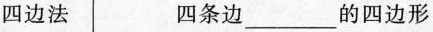
四边法 四条边___的四边形